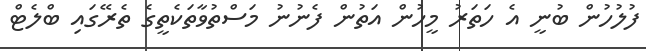
ފުލުހުން ބުނީ އެ ހަތަރު މީހުން އަތުން ފެނުނު މަސްތުވާތަކެތީގެ ތެރޭގައި ބްލެޓް